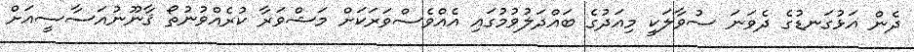
ދެން އަޅުގަނޑުގެ ދެވަނަ ސުވާލަކީ މިއަދުގެ ބައްދަލުވުމުގައި އެއްވެސްވަރަކަށް މަޝްވަރާ ކުރެއްވުނުތޯ ޤާނޫނުއަސާސީއަށް